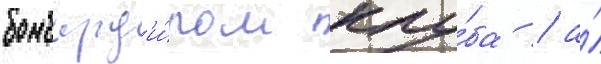
бомбард'и́ром клу́ба / а́